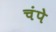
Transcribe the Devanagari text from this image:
चंपे